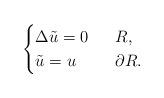
LaTeX: \begin{align*}\begin{cases}\Delta\tilde u=0 & \ \ R,\\\tilde u=u & \ \ \partial R.\end{cases}\end{align*}